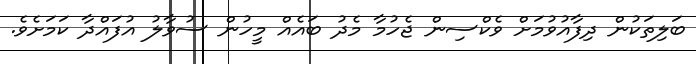
ބަލިތަކުން ދިފާއުވުމަށް ވެކްސިން ޖެހުމާ މެދު ބައެއް މީހުން ސުވާލު އުފައްދާ ކަމަށެވެ.